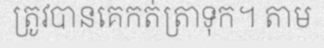
ត្រូវបានគេកត់ត្រាទុក។ តាម